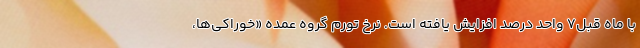
با ماه قبل7 واحد درصد افزایش یافته است. نرخ تورم گروه عمده «خوراکی‌ها،